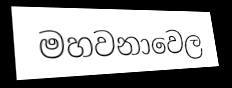
මහවනාවෙල